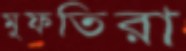
মুফতিরা